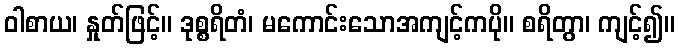
ဝါစာယ၊ နှုတ်ဖြင့်။ ဒုစ္စရိတံ၊ မကောင်းသောအကျင့်ကပို။ စရိတွာ၊ ကျင့်၍။